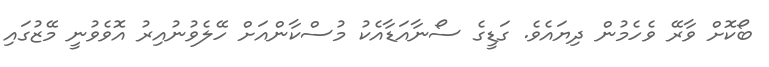
ބޯކޮށް ވާރޭ ވެހެމުން ދިޔައެވެ. ގަޑީގެ ސޯނާއަޑާއެކު މުސްކާންއަށް ހޭލެވުނުއިރު އޮވެވުނީ މޭޒުގައި